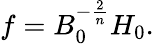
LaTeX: f=B_{0}^{-\frac 2n}H_{0}.